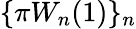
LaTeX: \{ \pi W_{n}(1)\} _{n}